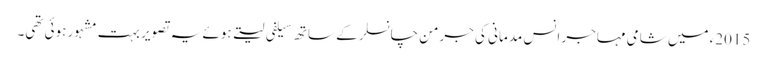
2015ء میں شامی مہاجر انس مدمانی کی جرمن چانسلر کے ساتھ سیلفی لیتے ہوئے یہ تصویر بہت مشہور ہوئی تھی۔